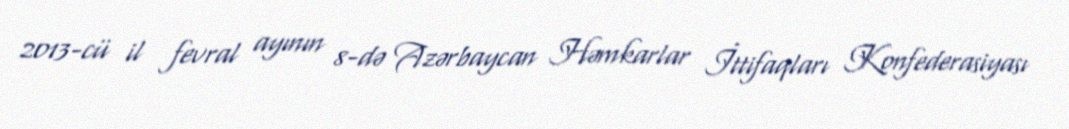
2013-cü il fevral ayının 8-də Azərbaycan Həmkarlar İttifaqları Konfederasiyası